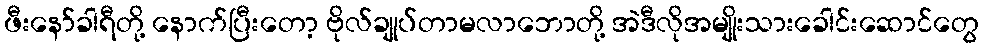
ဖီးနော်ခါရီတို့ နောက်ပြီးတော့ ဗိုလ်ချုပ်တာမလာဘောတို့ အဲဒီလိုအမျိုးသားခေါင်းဆောင်တွေ